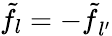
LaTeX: {\tilde{f}}_{l}={-\tilde{f}}_{l{'}}